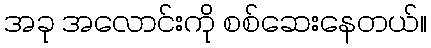
အခု အလောင်းကို စစ်ဆေးနေတယ်။